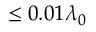
\le 0 . 0 1 \lambda _ { 0 }